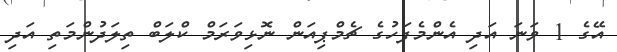
އޭގެ 1 ވަނަ އަދި އެންމެފަހުގެ ޗެމްޕިއަން ނޮޅިވަރަމް ކްލަބް ތިލަދުންމަތި އަދި